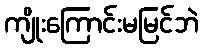
ကျိုးကြောင်းမမြင်ဘဲ